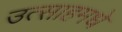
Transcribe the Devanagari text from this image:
उत्साहमधे